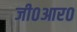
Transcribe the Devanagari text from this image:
जी०आर०